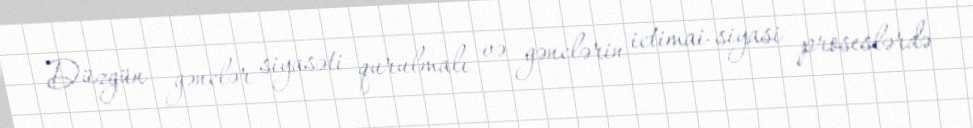
Düzgün gənclər siyasəti qurulmalı və gənclərin ictimai-siyasi proseslərdə